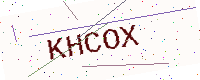
Text: KHCOX